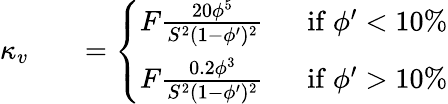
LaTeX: \begin{array}{rlr}{\kappa_{v}}&{}&{=\left\{ \begin{array}{ll}{F\frac{20\phi^{5}}{S^{2}(1-\phi^{\prime})^{2}}\; \; }&{\mathrm{if~}\phi^{\prime}<10\% }\\ {F\frac{0.2\phi^{3}}{S^{2}(1-\phi^{\prime})^{2}}\; \; }&{\mathrm{if~}\phi^{\prime}>10\% }\end{array}\right.}\end{array}